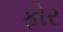
ફોર